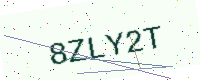
Text: 8ZLY2T